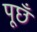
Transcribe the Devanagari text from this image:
पूछँ